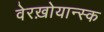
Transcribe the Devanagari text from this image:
वेरख़ोयान्स्क